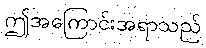
ဤအကြောင်းအရာသည်